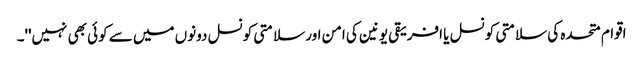
اقوام متحدہ کی سلامتی کونسل یا افریقی یونین کی امن اور سلامتی کونسل دونوں میں سے کوئی بھی نہیں''۔